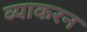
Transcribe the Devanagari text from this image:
व्याकरन